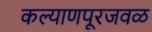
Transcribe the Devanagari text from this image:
कल्याणपूरजवळ